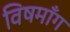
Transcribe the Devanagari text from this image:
विषमाँग